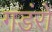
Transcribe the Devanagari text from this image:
गडंरों